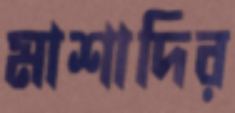
মাশাদির